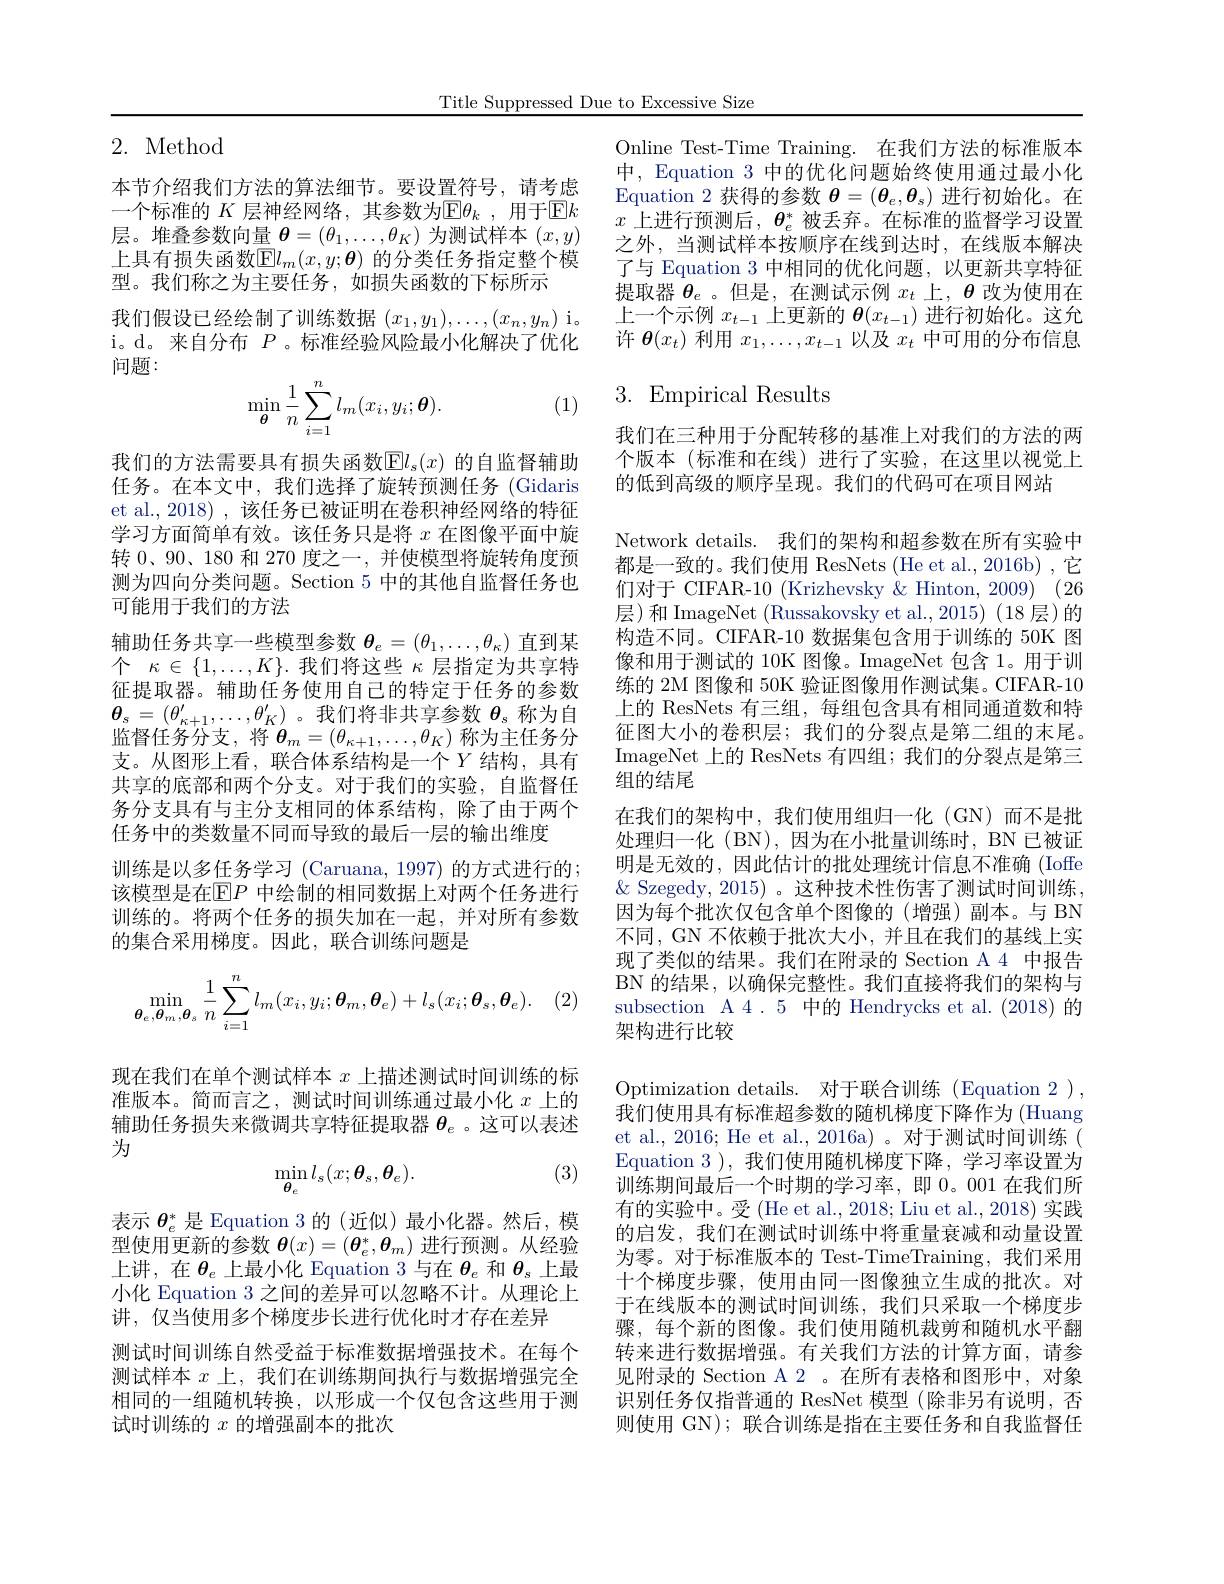
Title Suppressed Due to Excessive Size

2. Method

本节介绍我们方法的算法细节。要设置符号，请考虑一个标准的 $K$ 层神经网络，其参数为$\mathbb{E} \theta _k$ , 用于$\mathbb{E}k$ 层。堆叠参数向量$\boldsymbol{\theta}=(\theta_1,\ldots,\theta_K)$为测试样本$(x,y)$ 上具有损失函数$\mathbb{E}l_m(x,y;\boldsymbol{\theta})$ 的分类任务指定整个模型。我们称之为主要任务，如损失函数的下标所示
我们假设已经绘制了训练数据$(x_1,y_1),\ldots,(x_n,y_n)$ i。i。d。来自分布$P$ 。标准经验风险最小化解决了优化问题：
$$\min_{\boldsymbol{\theta}}\frac{1}{n}\sum_{i=1}^{n}l_{m}(x_{i},y_{i};\boldsymbol{\theta}).$$
(1)

我们的方法需要具有损失函数$\mathbb{E}l_s(x)$ 的自监督辅助任务。在本文中，我们选择了旋转预测任务 (Gidaris et al., 2018) , 该任务已被证明在卷积神经网络的特征学习方面简单有效。该任务只是将$x$在图像平面中旋转 0、90、180 和 270 度之一 , 并使模型将旋转角度预测为四向分类问题。Section 5 中的其他自监督任务也可能用于我们的方法
辅助任务共享一些模型参数$\theta_e=(\theta_1,\ldots,\theta_\kappa)$直到某个$\kappa\in\{1,\ldots,K\}.$我们将这些$\kappa$层指定为共享特征提取器。辅助任务使用自己的特定于任务的参数$\boldsymbol{\theta}_s=(\theta_{\kappa+1}^{\prime},\ldots,\theta_K^{\prime})$。我们将非共享参数$\boldsymbol\theta_s$称为自监督任务分支，将$\boldsymbol{\theta}_m=(\theta_\kappa+1,\ldots,\theta_K)$ 称为主任务分支。从图形上看，联合体系结构是一个$Y$ 结构，具有共享的底部和两个分支。对于我们的实验，自监督任务分支具有与主分支相同的体系结构，除了由于两个任务中的类数量不同而导致的最后一层的输出维度
训练是以多任务学习 (Caruana, 1997) 的方式进行的； 该模型是在$\overline{\mathbb{E}}P$ 中绘制的相同数据上对两个任务进行训练的。将两个任务的损失加在一起，并对所有参数的集合采用梯度。因此，联合训练问题是
$$\min\limits_{\boldsymbol{\theta}_e,\boldsymbol{\theta}_m,\boldsymbol{\theta}_s}\dfrac{1}{n}\sum\limits_{i=1}^nl_m(x_i,y_i;\boldsymbol{\theta}_m,\boldsymbol{\theta}_e)+l_s(x_i;\boldsymbol{\theta}_s,\boldsymbol{\theta}_e).$$
现在我们在单个测试样本$x$上描述测试时间训练的标准版本。简而言之，测试时间训练通过最小化$x$上的辅助任务损失来微调共享特征提取器$\theta_e$ 。这可以表述为

(3)
$$\min_{\theta_e}l_s(x;\theta_s,\theta_e).$$
表示$\theta_e^*$是 Equation 3 的 (近似)最小化器。然后，模型使用更新的参数$\boldsymbol{\theta}(x)=(\boldsymbol{\theta}_e^*,\boldsymbol{\theta}_m)$进行预测。从经验上讲，在$\boldsymbol{\theta}_e$上最小化 Equation 3 与在$\boldsymbol{\theta}_e$和$\boldsymbol{\theta}_s$上最小化 Equation 3 之间的差异可以忽略不计。从理论上讲，仅当使用多个梯度步长进行优化时才存在差异
测试时间训练自然受益于标准数据增强技术。在每个测试样本$x$上，我们在训练期间执行与数据增强完全相同的一组随机转换，以形成一个仅包含这些用于测试时训练的$x$的增强副本的批次

Online Test-Time Training. 在我们方法的标准版本中，Equation 3 中的优化问题始终使用通过最小化Equation 2 获得的参数$\theta=(\theta_e,\theta_s)$进行初始化。在$x$上进行预测后，$\boldsymbol{\theta}_e^*$被丢弃。在标准的监督学习设置之外，当测试样本按顺序在线到达时，在线版本解决了与 Equation 3 中相同的优化问题，以更新共享特征提取器$\theta_e$ 。但是，在测试示例$x_t$上，$\theta$改为使用在上一个示例$x_t-1$上更新的$\boldsymbol{\theta}(x_t-1)$进行初始化。这允许$\boldsymbol{\theta}(x_t)$利用$x_1,\ldots,x_{t-1}$以及$x_t$中可用的分布信息

# 3. Empirical Results

我们在三种用于分配转移的基准上对我们的方法的两个版本(标准和在线)进行了实验，在这里以视觉上的低到高级的顺序呈现。我们的代码可在项目网站
Network details. 我们的架构和超参数在所有实验中都是一致的。我们使用 ResNets (He et al., 2016b) ,它们对于 CIFAR-10 (Krizhevsky & Hinton, 2009) (26层)和 ImageNet (Russakovsky et al.,2015) (18 层)的构造不同。CIFAR-10 数据集包含用于训练的 50K 图像和用于测试的 10K 图像。ImageNet 包含 1。用于训练的 2M 图像和 50K 验证图像用作测试集。CIFAR-10上的 ResNets 有三组，每组包含具有相同通道数和特征图大小的卷积层；我们的分裂点是第二组的末尾。ImageNet 上的 ResNets 有四组；我们的分裂点是第三组的结尾
在我们的架构中，我们使用组归一化 (GN)而不是批处理归一化(BN),因为在小批量训练时，BN已被证明是无效的，因此估计的批处理统计信息不准确(Ioffe $\&$ Szegedy, 2015) 。这种技术性伤害了测试时间训练， 因为每个批次仅包含单个图像的(增强)副本。与 BN 不同，GN 不依赖于批次大小，并且在我们的基线上实现了类似的结果。我们在附录的 Section A 4 中报告BN 的结果，以确保完整性。我们直接将我们的架构与subsection A4.5 中的 Hendrycks et al.(2018)的架构进行比较
Optimization details. 对于联合训练(Equation 2 ), 我们使用具有标准超参数的随机梯度下降作为 (Huang et al., 2016; He et al., 2016a) 。对于测试时间训练( Equation 3 ), 我们使用随机梯度下降，学习率设置为训练期间最后一个时期的学习率，即0。001 在我们所有的实验中。受(He et al., 2018; Liu et al., 2018) 实践的启发，我们在测试时训练中将重量衰减和动量设置为零。对于标准版本的 Test-TimeTraining,我们采用十个梯度步骤，使用由同一图像独立生成的批次。对于在线版本的测试时间训练，我们只采取一个梯度步骤，每个新的图像。我们使用随机裁剪和随机水平翻转来进行数据增强。有关我们方法的计算方面，请参见附录的 Section A 2 。在所有表格和图形中，对象识别任务仅指普通的 ResNet 模型(除非另有说明，否则使用 GN); 联合训练是指在主要任务和自我监督任